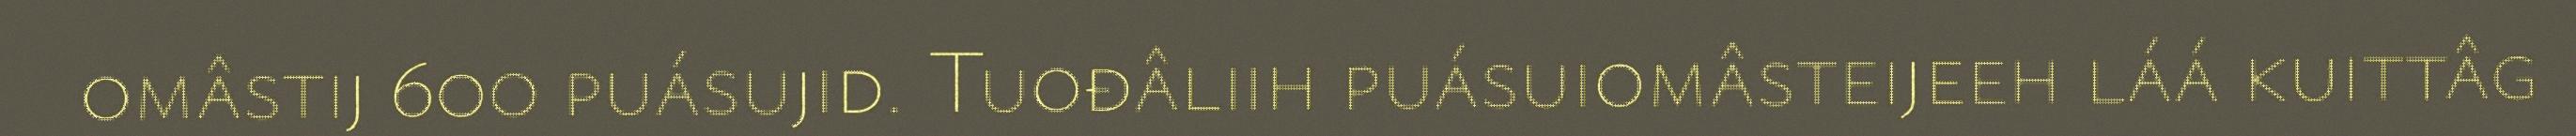
omâstij 600 puásujid. Tuođâliih puásuiomâsteijeeh láá kuittâg